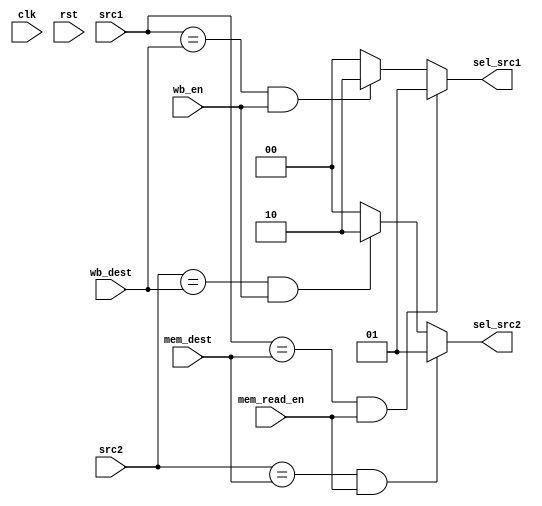
module ForwardingUnit(
    clk,
    rst,
    src1,
    src2,
    mem_read_en,
    wb_en,
    mem_dest,
    wb_dest,
    sel_src1,
    sel_src2
);
    input clk, rst, mem_read_en, wb_en;
    input [3:0] src1, src2, mem_dest, wb_dest;
    
    output reg [1:0] sel_src1, sel_src2;

    always @(src1, src2, mem_dest, wb_dest, mem_read_en, wb_en) begin
        sel_src1 = ((src1 == mem_dest) && mem_read_en) ? 2'd1
                    : ((src1 == wb_dest) && wb_en) ? 2'd2
                    : 2'd0;
        sel_src2 = ((src2 == mem_dest) && mem_read_en) ? 2'd1
                    : ((src2 == wb_dest) && wb_en) ? 2'd2
                    : 2'd0;
    end
endmodule